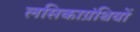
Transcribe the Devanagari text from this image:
लसिकाग्रंथियों